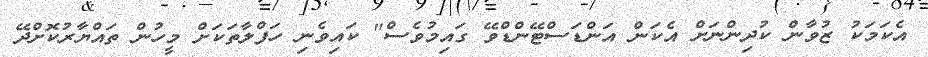
އެކަމަކު ޒުވާން ކުދިންނަށް އެކަން އަންޑަސްޓޭންޑްވޭ ގައިމުވެސް" ކައިވެނި ހަފްލާތަކަށް މީހުން ތައްޔާރުކޮށްދޭ